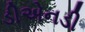
ડીએનડી